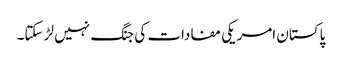
پاکستان امریکی مفادات کی جنگ نہیں لڑ سکتا۔